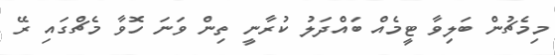
މިމެޗުން ބަލިވާ ޓީމެއް ބައްދަލު ކުރާނީ ތިން ވަނަ ހޮވާ މެޗްގައި ރޭ